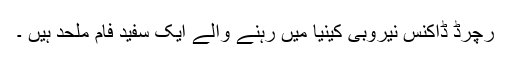
رچرڈ ڈاکنس نیروبی کینیا میں رہنے والے ایک سفید فام ملحد ہیں ۔